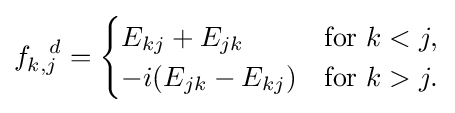
f_{k,j}^{\,\,\,\,\,d}={\begin{cases}E_{kj}+E_{jk}&{\text{for }}k<j,\\-i(E_{jk}-E_{kj})&{\text{for }}k>j.\end{cases}}